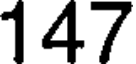
147